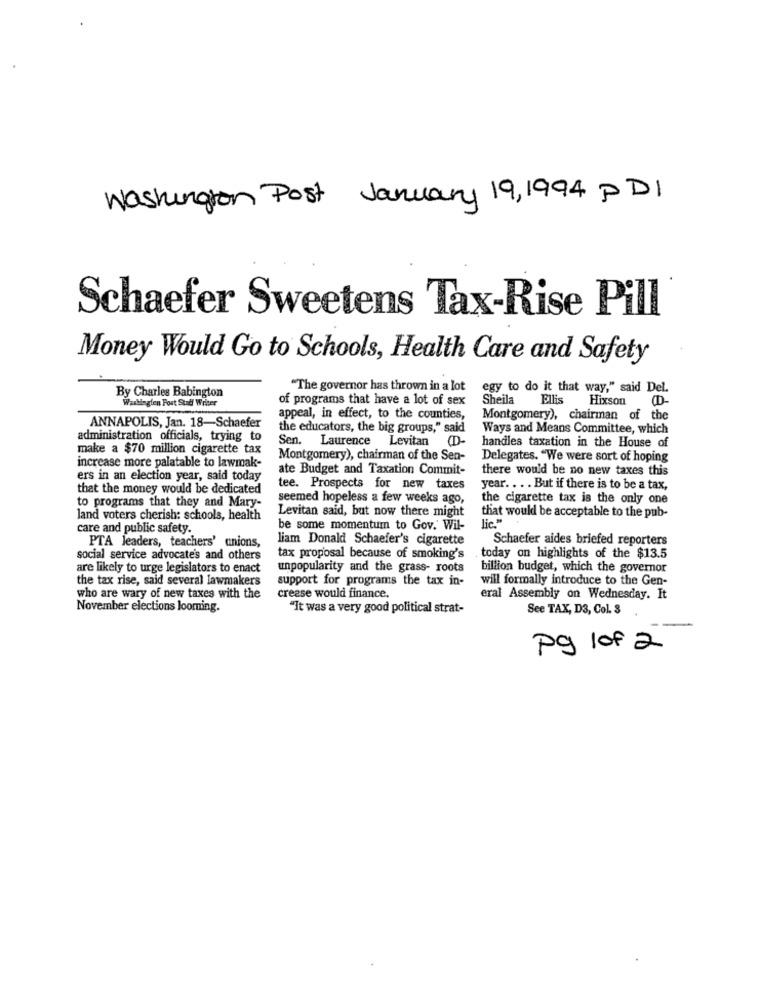
Washington Post January 19, 1994 PDI
Schaefer Sweetens Tax-Rise Pill
Money Would Go to Schools, Health Care and Safety
"The governor has thrown in a lot
egy to do it that way," said Del.
By Charles Babington
Washington Post Stall Writer
of programs that have a lot of sex
Sheila
Ellis
Hixson (D-
appeal, in effect, to the counties,
Montgomery), chairman of the
ANNAPOLIS, Jan. 18-Schaefer
the educators, the big groups," said
Ways and Means Committee, which
administration officials, trying to
Sen.
Laurence
Levitan
handles taxation in the House of
make a $70 million cigarette tax
increase more palatable to lawmak-
Montgomery), chairman of the Sen-
Delegates. "We were sort of hoping
ate Budget and Taxation Commit-
there would be no new taxes this
ers in an election year, said today
that the money would be dedicated
tee. Prospects for new taxes
year. . .. But if there is to be a tax,
to programs that they and Mary-
seemed hopeless a few weeks ago,
the cigarette tax is the only one
Levitan said, but now there might
that would be acceptable to the pub-
land voters cherish: schools, health
lic."
care and public safety.
be some momentum to Gov. Wil-
liam Donaldi Schaefer's cigarette
Schaefer aides briefed reporters
PTA leaders, teachers' anions,
social service advocate's and others
tax proposal because of smoking's
today on highlights of the $13.5
are likely to urge legislators to enact
unpopularity and the grass- roots
billion budget, which the governor
the tax rise, said several lawmakers
support for programs the tax in-
will formally introduce to the Gen-
who are wary of new taxes with the
crease would finance.
eral Assembly on Wednesday. It
November elections looming.
"It was a very good political strat-
See TAX, D3, Col. 3
pg lof 2